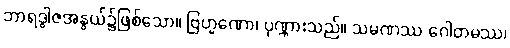
ဘာရဒွါဇအနွယ်၌ဖြစ်သော။ ဗြဟ္မဏော၊ ပုဏ္ဏားသည်။ သမဏဿ ဂေါတမဿ၊